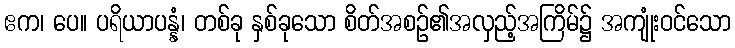
ဧက၊ ပေ။ ပရိယာပန္နံ၊ တစ်ခု နှစ်ခုသော စိတ်အစဉ်၏အလှည့်အကြိမ်၌ အကျုံးဝင်သော